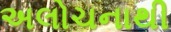
અલોચનાથી